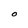
Character: O